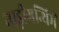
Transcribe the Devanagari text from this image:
नाड़ीग्रन्थिमें